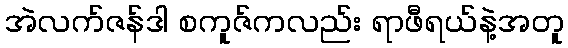
အဲလက်ဇန်ဒါ စကူဇ်ကလည်း ရာဖီရယ်နဲ့အတူ